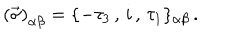
LaTeX: \left( \vec { \sigma } \right) _ { \alpha \beta } = \{ - \tau _ { 3 } \, , \, i \, , \, \tau _ { 1 } \} _ { \alpha \beta } \, .